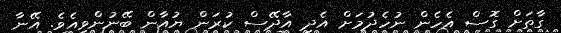
ގާތަށް ގޮސް އެހެން ނުހެދުމަށް އެދި އާދޭސް ކުރަން ޔުއާން ބޭނުންވިއެވެ. އޭނާ